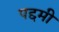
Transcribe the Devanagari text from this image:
पद्दमी